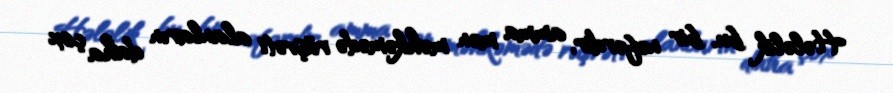
Hələlik bu, bir nəfərdir, amma mən məhkəmədə rüşvəti alanların daha çox